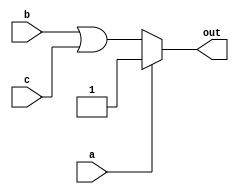
module top_module(
    input a,
    input b,
    input c,
    output out  ); 

    assign out = a ? 1'b1 : b | c;

endmodule